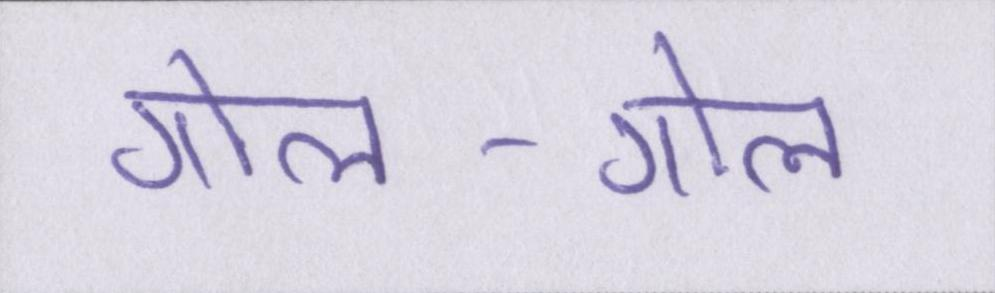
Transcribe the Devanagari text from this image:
गोल-गोल